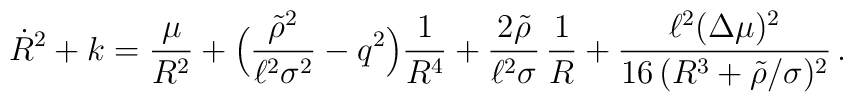
\dot{R}^2+k=\frac{\mu}{R^2} + \Bigl(\frac{\tilde{\rho}^2}{\ell^2 \sigma^2}-q^2\Bigr)\frac{1}{R^4}+ \frac{2\tilde{\rho}}{\ell^2\sigma}\,\frac{1}{R}+\frac{\ell^2(\Delta\mu)^2}{16\,(R^3 +\tilde{\rho}/\sigma)^2}\,.